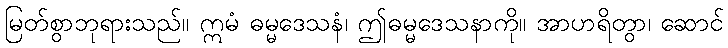
မြတ်စွာဘုရားသည်။ ဣမံ ဓမ္မဒေသနံ၊ ဤဓမ္မဒေသနာကို။ အာဟရိတွာ၊ ဆောင်